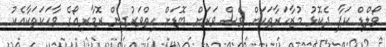
ވޯލްޑް ކަޕާ ދެކޮޅު މުޒާހަރާތަކަށް ވެސް ވަރަށް ބޮޑަށް ހިތްވަރުދިން ރޮމާރިއޯގެ ވާހަކަތަކާއެކު